Annual administration report of the Bombay Presidency - 1887-1892
Year: 1887
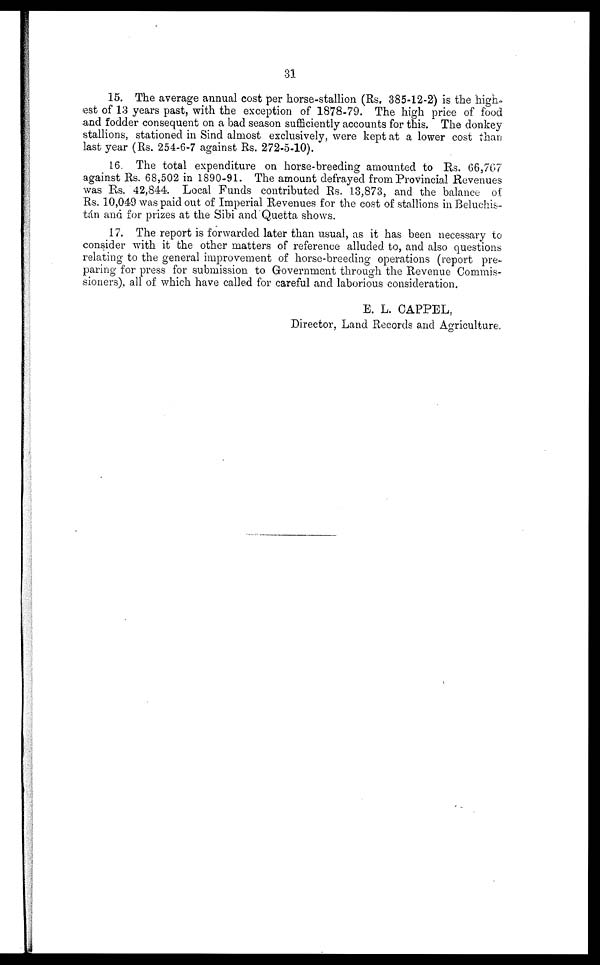
31
15. The average annual cost per horse-stallion (Rs. 385-12-2) is the high-
est of 13 years past, with the exception of 1878-79. The high price of food
and fodder consequent on a bad season sufficiently accounts for this. The donkey
stallions, stationed in Sind almost exclusively, were kept at a lower cost than
last year (Rs. 254-6-7 against Rs. 272-5-10).
16. The total expenditure on horse-breeding amounted to Rs. 66,767
against Rs. 68,502 in 1890-91. The amount defrayed from Provincial Revenues
was Rs. 42,844. Local Funds contributed Rs. 13,873, and the balance of
Rs. 10,049 was paid out of Imperial Revenues for the cost of stallions in Beluchis-
tán and for prizes at the Sibi and Quetta shows.
17. The report is forwarded later than usual, as it has been necessary to
consider with it the other matters of reference alluded to, and also questions
relating to the general improvement of horse-breeding operations (report pre-
paring for press for submission to Government through the Revenue Commis-
sioners), all of which have called for careful and laborious consideration.
E. L. CAPPEL,
Director, Land Records and Agriculture.